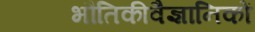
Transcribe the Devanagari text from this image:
भौतिकीवैज्ञानिकों